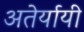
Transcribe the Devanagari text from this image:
अतेर्यायी